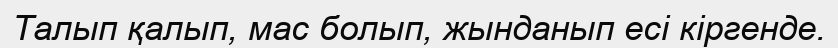
Талып қалып, мас болып, жынданып есі кіргенде.